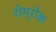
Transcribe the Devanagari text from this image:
शेम्रोक